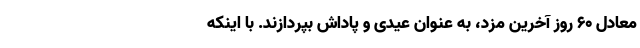
معادل ۶۰ روز آخرین مزد، به عنوان عیدی و پاداش بپردازند. با اینکه